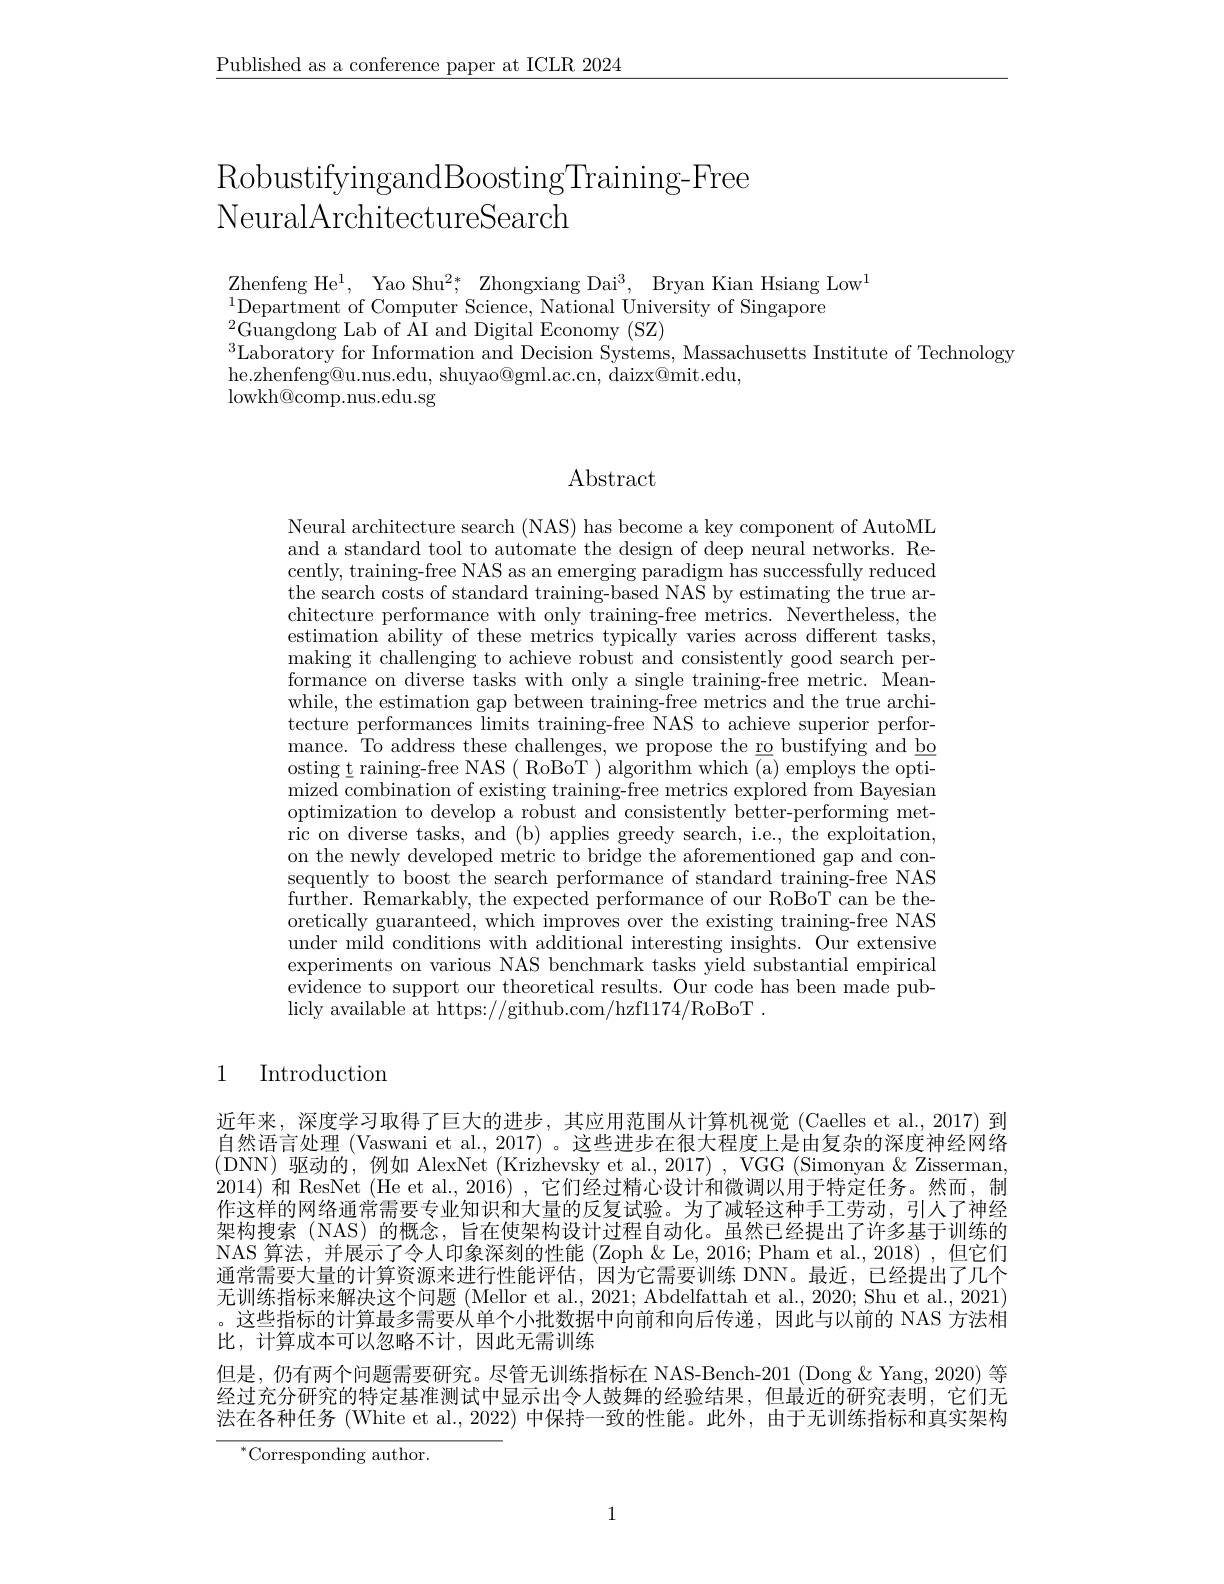
$\underline{\text{Published as a conference paper at ICLR 2024}}$

# RobustifyingandBoostingTraining- Free NeuralArchitectureSearch

ZhenfengH$e^{1}$, Yao Shu$^2* $, Zhongxiang Dai$^3$, Bryan Kian Hsiang Low$^1$
$^{1}$Department of Computer Science, National University of Singapore
$^{2}$Guangdong Lab of AI and Digital Economy (SZ)
$^{3}$Laboratory for Information and Decision Systems, Massachusetts Institute of Technology

he.zhenfeng@u.nus.edu, shuyao@gml.ac.cn, daizx@mit.edu,
lowkh@ comp. nus. edu. sg

Abstract

Neural architecture search (NAS) has become a key component of AutoML and a standard tool to automate the design of deep neural networks. Recently, training-free NAS as an emerging paradigm has successfully reduced the search costs of standard chitecture performance with only training-free metrics. Nevertheless, the estimation ability of these making it challenging to achieve robust and consistently good search performance on diverse tasks wi while, the estimation gap between training-free metrics and the true architecture performances limits mance. To address these challenges, we propose the ro bustifying and bo osting t raining-free NAS ( mized combination of existing training-free metrics explored from Bayesian optimization to develop a ro $\hat{\text{ric on diverse tasks, and (b) applies greedy search, i.e., the exploitation,}}$ on the newly developed metri sequently to boost the search performance of standard training-free NAS further. Remarkably, the exp oretically guaranteed, which improves over the existing training-free NAS under mild conditions with additional interesting insights. Our extensive experiments on various NAS benchmark tasks yield substantial empirical evidence to support our theoretical results. Our code has been made publicly available at https://github.com/hzf1174/RoBoT .

# 1 Introduction

近年来，深度学习取得了巨大的进步，其应用范围从计算机视觉(Caelles et al.,2017)到自然语言处理 (Vaswani et al., 2017) 。这些进步在很大程度上是由复杂的深度神经网络(DNN)驱动的，例如 AlexNet (Krizhevsky et al, 2017) , VGG (Simonyan & Zisserman, 2014) 和 ResNet (He et al., 2016) ,它们经过精心设计和微调以用于特定任务。然而，制作这样的网络通常需要专业知识和大量的反复试验。为了减轻这种手工劳动，引人了神经架构搜索(NAS)的概念，旨在使架构设计过程自动化。虽然已经提出了许多基于训练的NAS 算法，并展示了令人印象深刻的性能 (Zoph & Le, 2016; Pham et al., 2018) ,但它们通常需要大量的计算资源来进行性能评估，因为它需要训练 DNN。最近，已经提出了几个无训练指标来解决这个问题 (Mellor et al., 2021; Abdelfattah et al., 2020; Shu et al., 2021) 。这些指标的计算最多需要从单个小批数据中向前和向后传递，因此与以前的 NAS 方法相比，计算成本可以忽略不计，因此无需训练
但是，仍有两个问题需要研究。尽管无训练指标在 NAS-Bench-201 (Dong &Yang, 2020) 等经过充分研究的特定基准测试中显示出令人鼓舞的经验结果，但最近的研究表明，它们无法在各种任务 (White et al., 2022) 中保持一致的性能。此外，由于无训练指标和真实架构

$^{*}$Corresponding author.

1